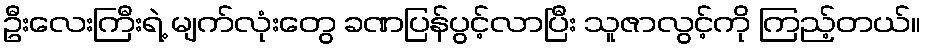
ဦးလေးကြီးရဲ့ မျက်လုံးတွေ ခဏပြန်ပွင့်လာပြီး သူဇာလွင့်ကို ကြည့်တယ်။